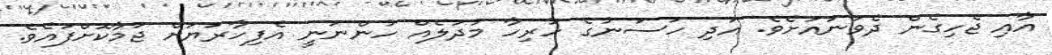
އާއި ޖެހިގެން ދެވަނައަށެވެ. އަދި ހަސަނުގެ ހުރިހާ މުދަލެއް ހުންނަނީ އެފިހާރަޔަށް ޖަމާކޮށްފައެވެ.